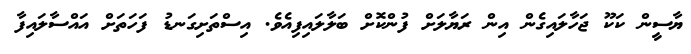
ޔާސީން ކަކޫ ޖަހާލައިގެން އިން ރަޔާލަށް ފުންކޮށް ބަލާލައިފިއެވެ. އިސްތަށިގަނޑު ފަހަތަށް އައްސާލައިފާ